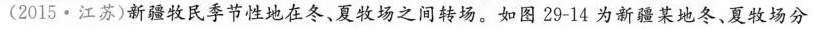
(2015·江苏)新疆牧民季节性地在冬、夏牧场之间转场。如图29-14为新疆某地冬、夏牧场分